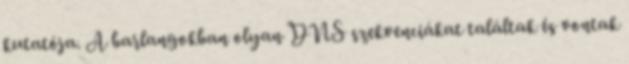
kutatója. A barlangokban olyan DNS szekvenciákat találtak és vontak